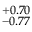
^ { + 0 . 7 0 } _ { - 0 . 7 7 }